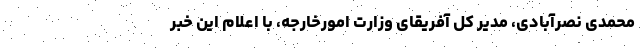
محمدی نصرآبادی، مدیر کل آفریقای وزارت امورخارجه، با اعلام این خبر